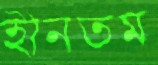
হীনতম